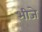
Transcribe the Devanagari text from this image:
भीजे